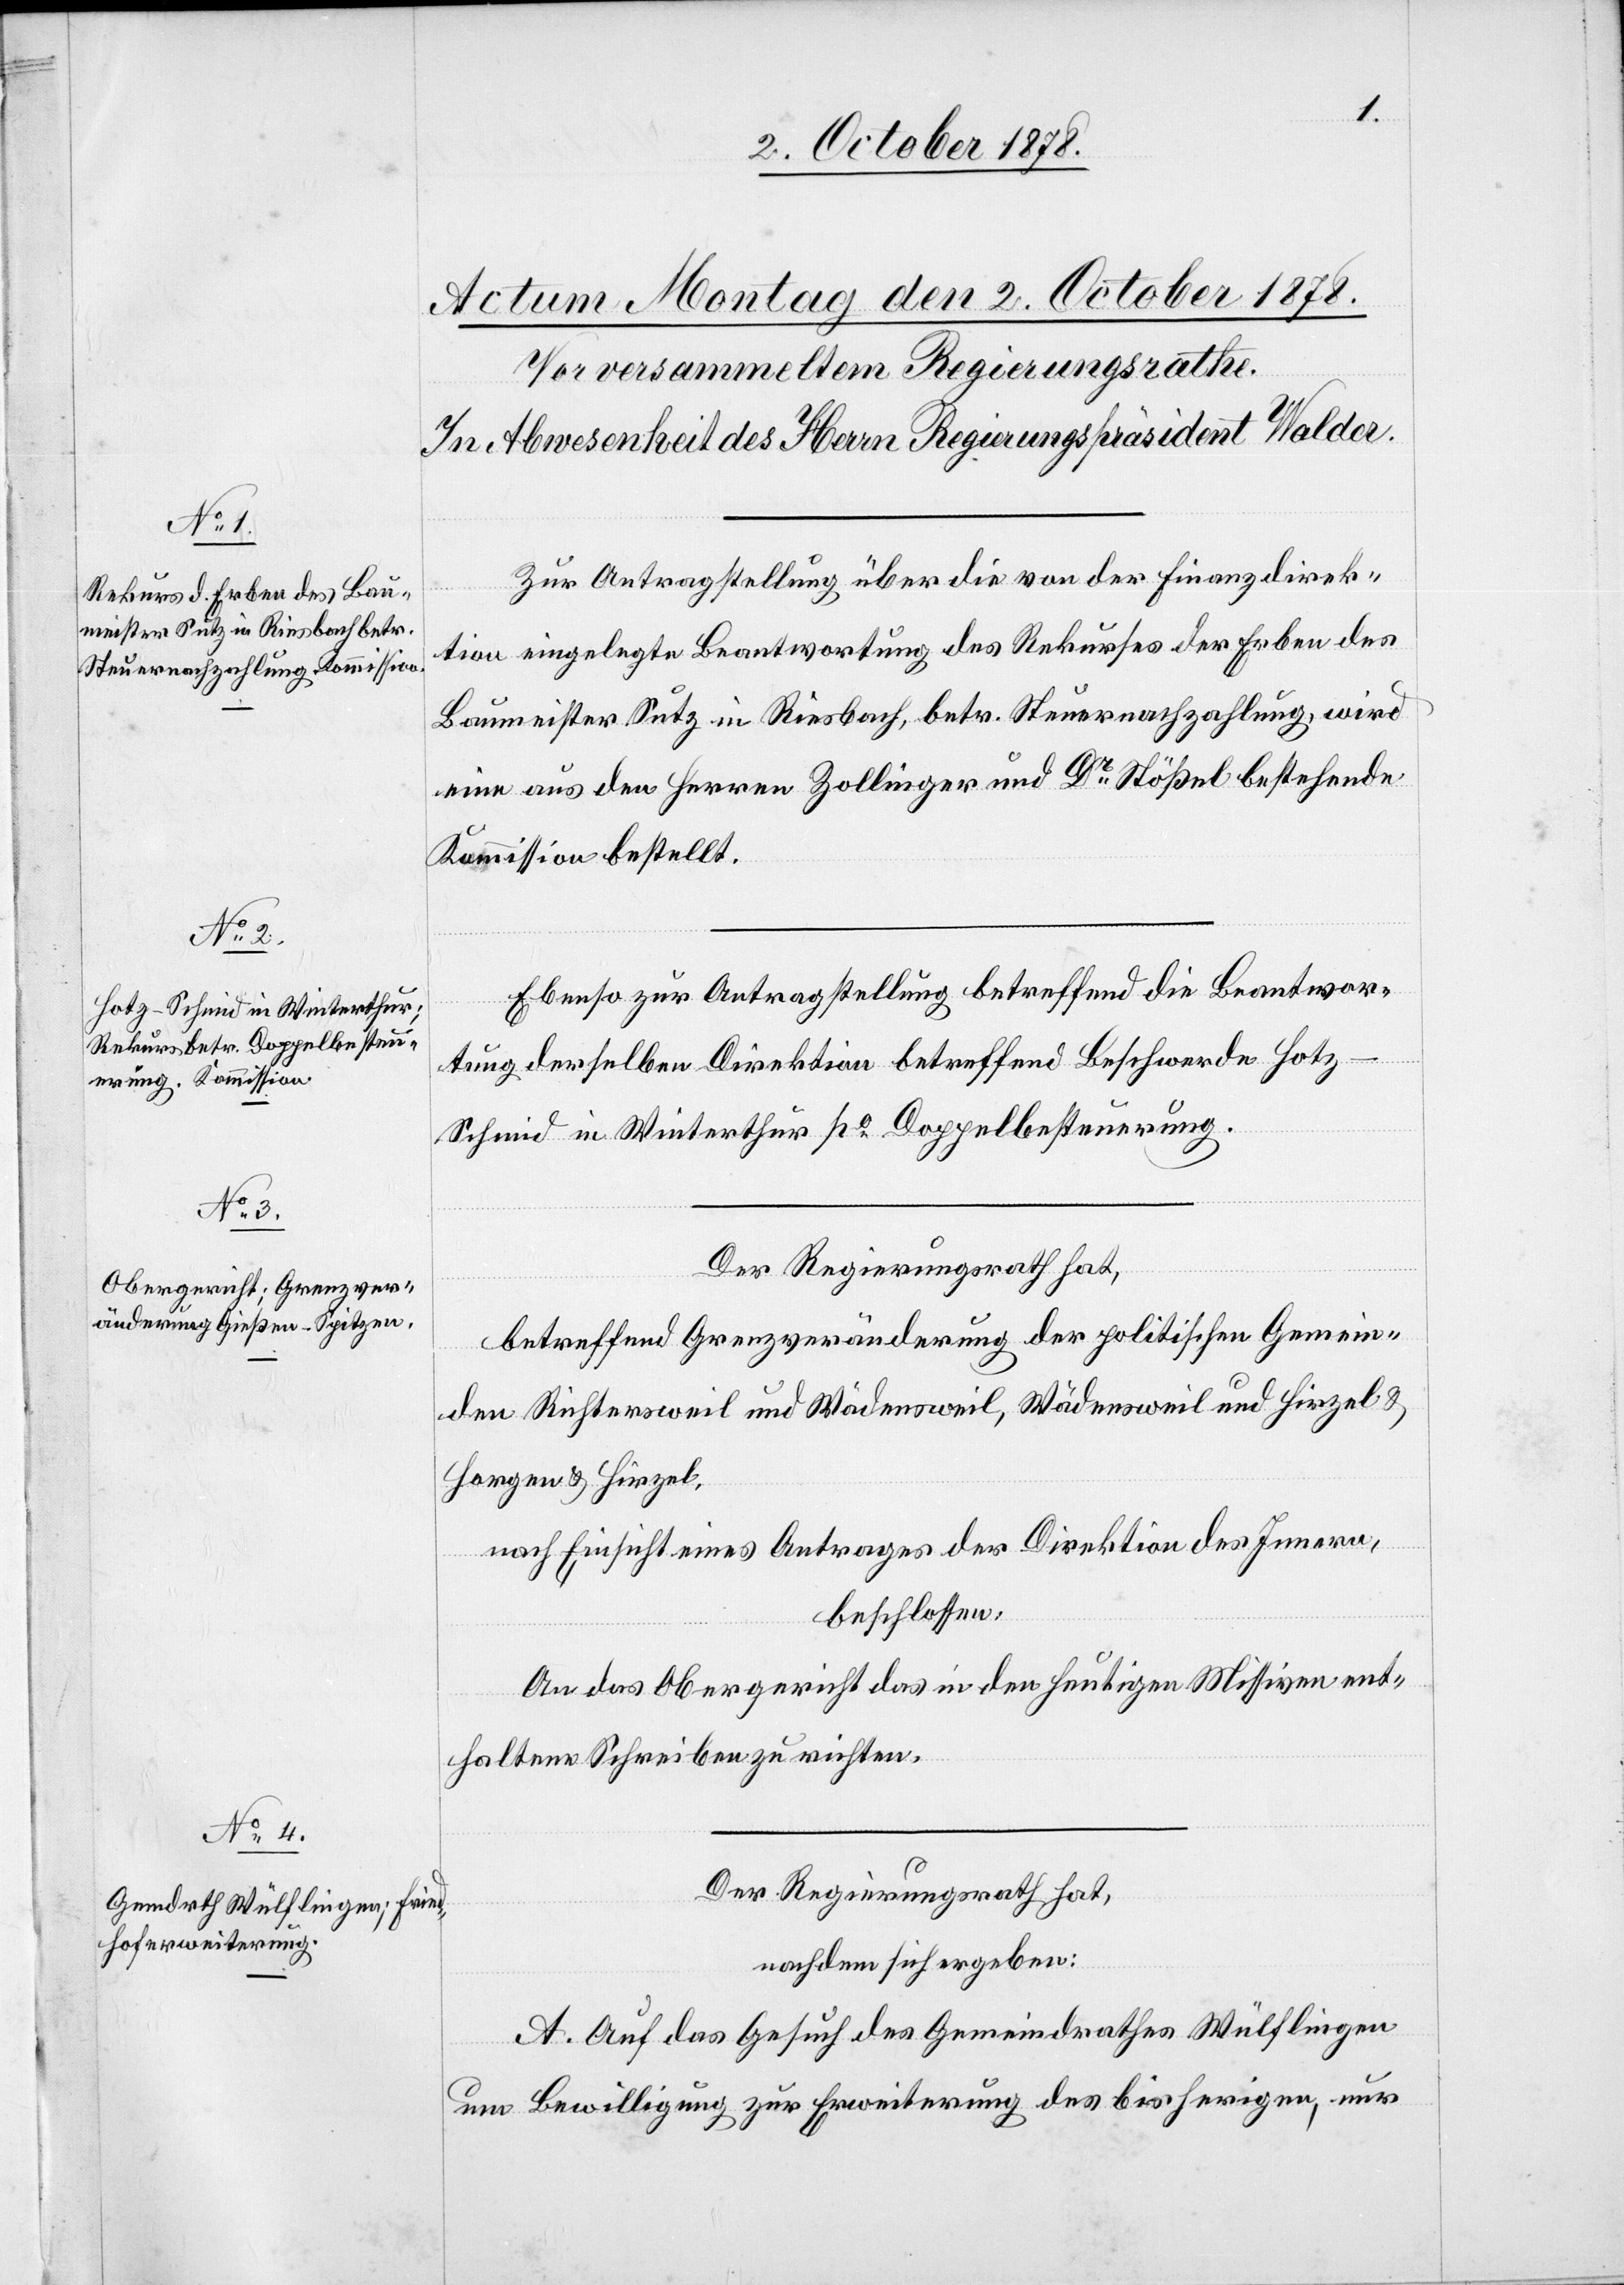
Zur Antragstellung über die von der Finanzdirek¬
tion eingelegte Beantwortung des Rekurses der Erben des
Baumeister Sutz in Riesbach, betr. Steuernachzahlung, wird
eine aus den Herren Zollinger und Dr Stößel bestehende
Kommission bestellt.
Ebenso zur Antragstellung betreffend die Beantwor¬
tung derselben Direktion betreffend Beschwerde Hot¬
z-Schmid in Winterthur po Doppelbesteuerung.
Der Regierungsrath hat,
betreffend Grenzveränderung der politischen Gemein¬
den Richtersweil und Wädensweil, Wädensweil und Hirzel &
Horgen & Hirzel,
nach Einsicht eines Antrages der Direktion des Innern,
beschlossen:
An das Obergericht das in den heutigen Missiven ent¬
haltene Schreiben zu richten.
Der Regierungsrath hat,
nachdem sich ergeben:
A. Auf das Gesuch des Gemeindrathes Wülflingen
um Bewilligung zur Erweiterung des bisherigen, nur